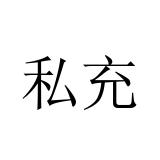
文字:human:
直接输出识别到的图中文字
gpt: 私充